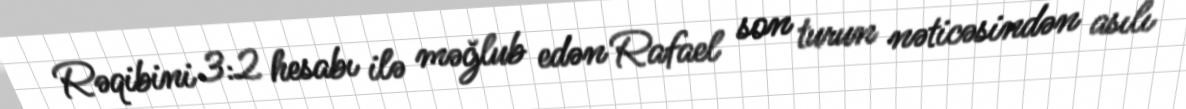
Rəqibini 3:2 hesabı ilə məğlub edən Rafael son turun nəticəsindən asılı